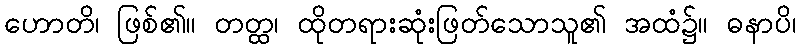
ဟောတိ၊ ဖြစ်၏။ တတ္ထ၊ ထိုတရားဆုံးဖြတ်သောသူ၏ အထံ၌။ ဓနာပိ၊